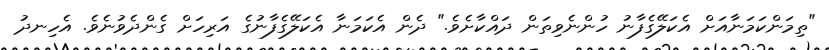
"ތިމަންކަމަނާއަށް އެކަލޭގެފާނު ހުންނެވިތަން ދައްކާށެވެ." ދެން އެކަމަނާ އެކަލޭގެފާނުގެ އަރިހަށް ގެންދެވުނެވެ. އެހިނދު